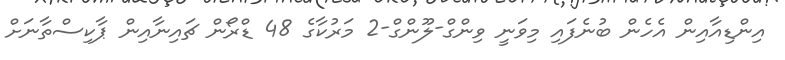
އިންޑިއާއިން އެހެން ބުނެފައި މިވަނީ ވިންގް-ލޫންގް-2 މަރުކާގެ 48 ޑްރޯން ޗައިނާއިން ޕާކިސްތާނަށް